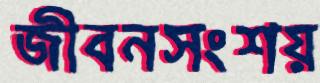
জীবনসংশয়